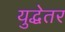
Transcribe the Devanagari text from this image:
युद्धेतर